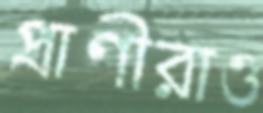
প্রাণীরাও